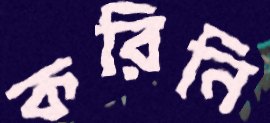
করিনি